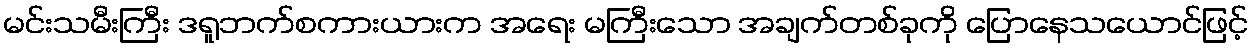
မင်းသမီးကြီး ဒရူဘက်စကားယားက အရေး မကြီးသော အချက်တစ်ခုကို ပြောနေသယောင်ဖြင့်